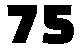
75